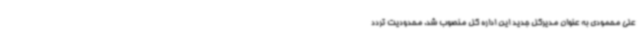
علی محمودی به عنوان مدیرکل جدید این اداره کل منصوب شد. محدودیت تردد